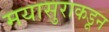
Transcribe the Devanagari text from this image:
मयासुराकडून